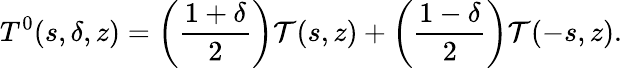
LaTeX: T^{0}(s,\delta,z)=\left(\frac{1+\delta}{2}\right){\cal T}(s,z)+\left(\frac{1-\delta}{2}\right){\cal T}(-s,z).